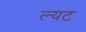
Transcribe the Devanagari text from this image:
ल्यट